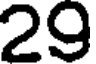
29